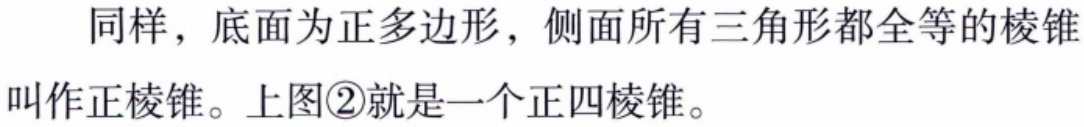
同样，底面为正多边形，侧面所有三角形都全等的棱锥叫作正棱锥。上图\textcircled{2}就是一个正四棱锥。